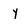
Character: Y